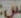
س